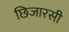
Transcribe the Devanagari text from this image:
छिजारसी